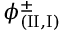
\phi _ { ( \mathrm { { I I } } , \mathrm { { I } } ) } ^ { \pm }